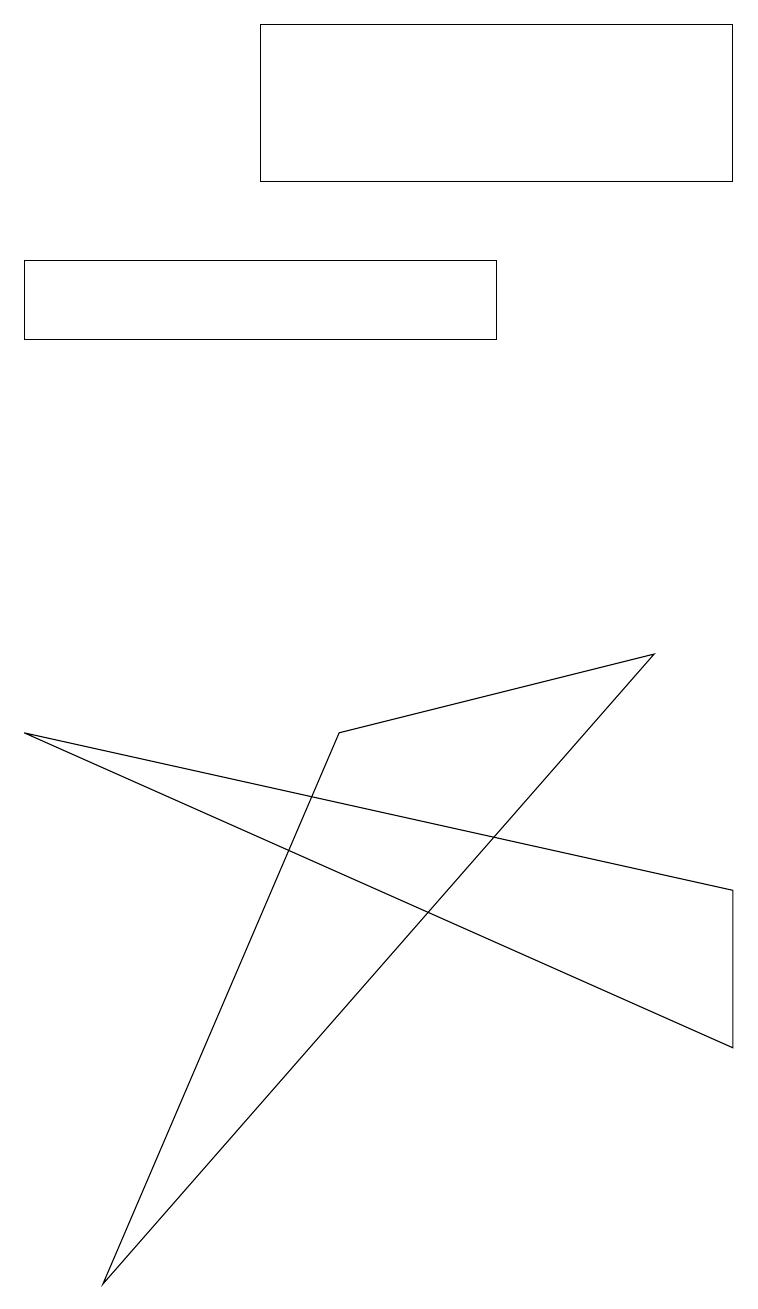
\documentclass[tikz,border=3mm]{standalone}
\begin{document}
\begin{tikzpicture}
\draw (3,14) rectangle (9,16);
\draw (6,13) rectangle (0,12);
\draw (9,5) -- (0,7) -- (9,3) -- cycle;
\draw (8,8) -- (4,7) -- (1,0) -- cycle;
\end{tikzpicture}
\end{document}